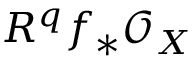
R ^ { q } f _ { * } { \mathcal { O } } _ { X }